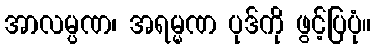
အာလမ္ပဏ၊ အရမ္မဏ ပုဒ်ကို ဖွင့်ပြပုံ။